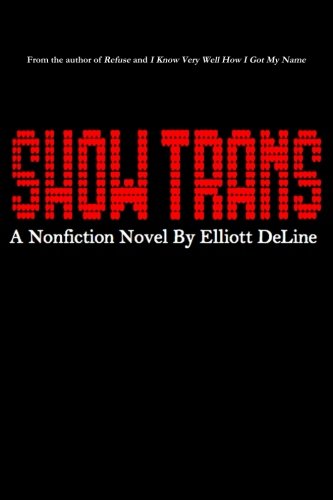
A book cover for Show Trans: A Nonfiction Novel; Elliott DeLine; Gay & Lesbian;